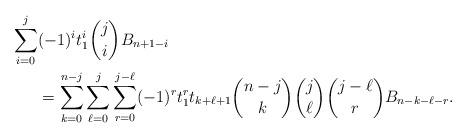
LaTeX: \begin{align*}\sum_{i=0}^j &(-1)^it_1^i\binom{j}{i}B_{n+1-i}\\&=\sum_{k=0}^{n-j}\sum_{\ell=0}^j \sum_{r=0}^{j-\ell} (-1)^rt_1^rt_{k+\ell+1}\binom{n-j}{k}\binom{j}{\ell}\binom{j-\ell}{r}B_{n-k-\ell-r}.\end{align*}